Vaccination in Bombay 1889-1901 - 1889-1901
Year: 1889
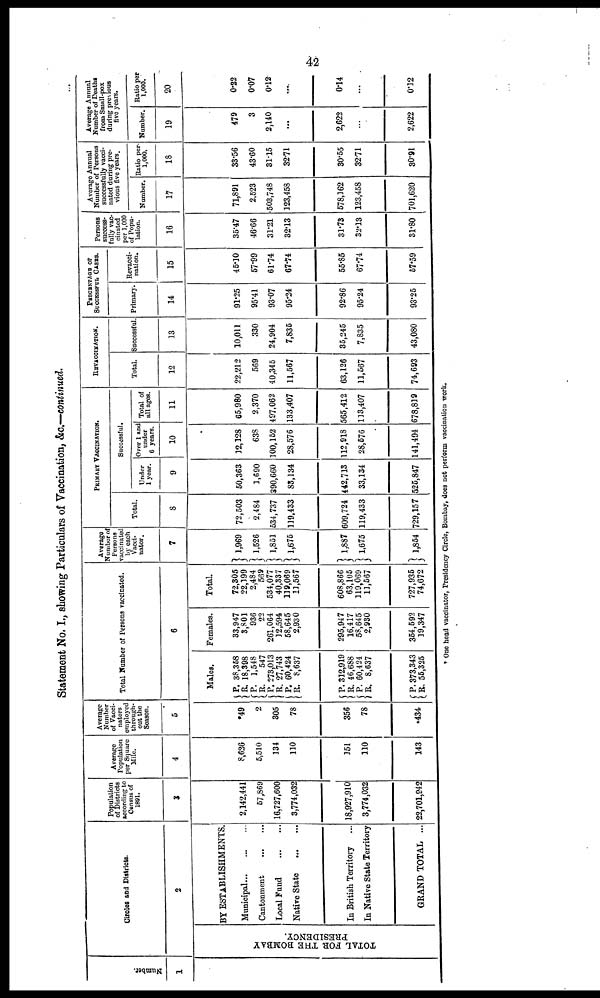
42
Statement No. I., showing Particulars of Vaccination, &c.—continued.
Number.
1
Circles and Districts.
2
TOTAL FOR THE BOMBAY
PRECIDENCY
BY ESTABLISHMENTS.
Municipal... ... ...
Cantonment
...
...
Local Fund
...
...
Native State
...
...
In British Territory ...
In Native State Territory
GRAND TOTAL ...
Population
of Districts
according to
Census of
1891.
3
2,142,441
57,869
16,727,600
3,774,032
18,927,910
3,774,032
22,701,942
Average
Population
per Square
Mile.
4
8,626
5,510
134
110
151
110
143
Average
Number
of Vacci¬
nators
employed
through-
out the
Season.
5
49
2
305
78
356
78
*434
Total Number of Persons vaccinated.
6
Males.
P.
R.
P.
R. P.
R. P.
R.
P.
R.
P.
R.
P.
R.
38,358
18,398
1,548
547
273,013
27,743
60,424
8,637
312,919
46,688
60,424
8,637
373,343
55,325
Females.
33,947
3,801
936
22
261,064
12,594
58,645
2,930
295,947
16,417
58,645
2,930
354,592
19,347
Total
72,305
22,199
2,484
569
534,077
40,337
119,069
11,567
608,866
63,105
119,069
11,567
727,935
74,672
Average
Number of
Persons
vaccinated
by each
Vacci¬
nator.
7
1,969
1,526
1,851
1,675
1,887
1,675
1,854
PRIMARY VACCINATION.
Total.
8
72,503
2,484
534,737
119,433
609,724
119,433
729,157
Successful.
Under
1 year.
9
50,363
1,690
390,660
83,134
442,713
33,134
525,847
Over 1 and
under
6 years.
10
12,128
638
100,152
28,576
112,918
28,576
141,494
Total of
all ages.
11
65,980
2,370
497,062
133,407
565,412
113,407
678,819
REVACCINATION.
Total.
12
22,212
569
40,345
11,567
63,126
11,567
74,693
Successful.
13
10,011
330
24,904
7,835
35,245
7,835
43,080
PERCENTAGE OF
SUCCESSFUL CASES.
Primary.
14
91.25
95.41
93.07
95.24
92.86
95.24
93.25
Revacci¬
nation.
15
45.10
57.99
61.74
67.74
55.85
67.74
57.59
Persons
success-
fully vac-
cinated
per 1,000
of Popu-
lation.
16
35.47
46.66
31.21
32.13
31.73
32.13
31.80
Average Annual
Number of Persons
successfully vacci-
nated during pre-
vious five years.
Number.
17
71,891
2,523
503,748
123,458
578,162
123,458
701,620
Ratio per¬
1,000.
18
33.56
43.60
31.15
32.71
30.55
32.71
30.91
Average Annual
Number of Deaths
from Small-pox
during previous
five years.
Number.
19
479
3
2,140
...
2,622
...
2,622
Ratio per
1,000.
20
0.22
0.07
0.12
...
0.14
...
0.12
* One head vaccinator, Presidency Circle, Bombay, does not perform vaccination work.